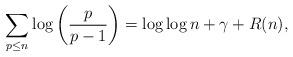
LaTeX: \begin{align*}\sum_{p\leq n}\log \left(\frac{p}{p-1}\right)=\log \log n+\gamma+R(n),\end{align*}